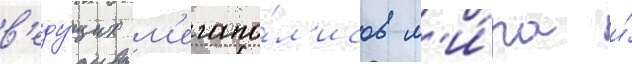
в'еду́щих м'егапо́л'исов м'и́ра и́